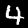
Digit: 4